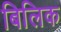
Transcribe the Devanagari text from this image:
बिलिक